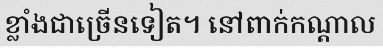
ខ្លាំងជាច្រើនទៀត។ នៅពាក់កណ្តាល